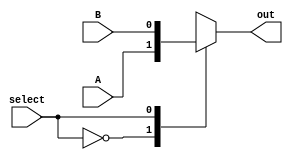
module mux2to1(select,A,B,out);
	input select;
	input A;
	input B;
	output reg out;
	
	always @ * begin
		case(select)
			1'b0:out <= A;
			1'b1:out <= B;
		endcase
	end

endmodule